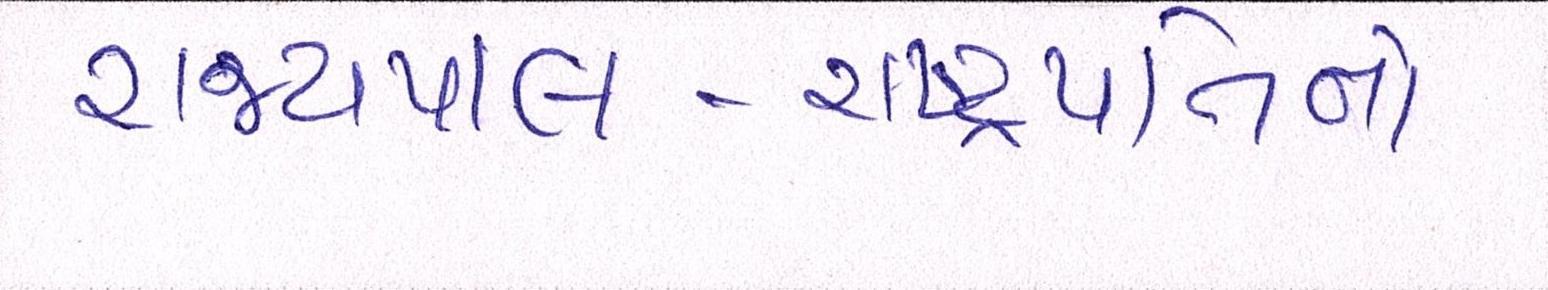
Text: રાજ્યપાલ-રાષ્ટ્રપતિનો